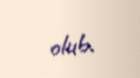
olub.